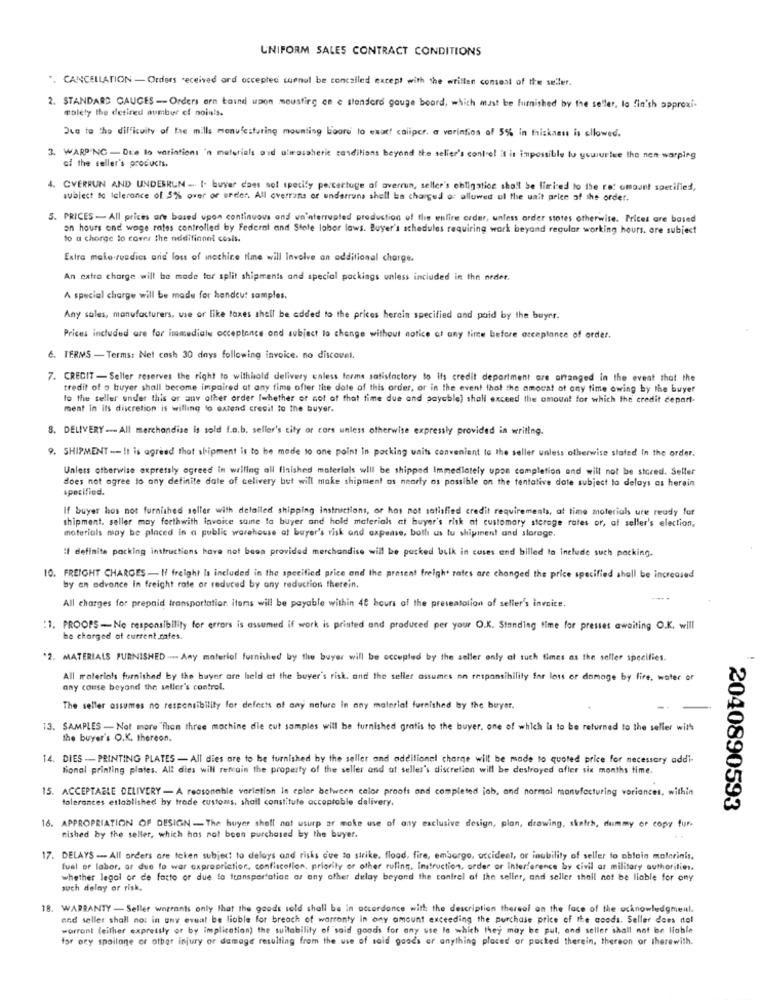
UNIFORM SALES CONTRACT CONDITIONS
. CANCELLATION - Orders received ard accepted carnal be concalled except with the written consent of the seller.
2. STANDARD CAUCES -- Orders are taund upon moustirg en e standerd gauge board, which must be furnished by the seller, lo finish approxi-
solely the detired number of noin's.
Due to the difficulty of the mills menufeaturing mounting boord to exact caliper. a verinfion of 5% in thiskaens is allowed.
WARPING - Due to variations 'n materials and ultrassheric conditions beyond the seller's control it is impossible to youurter the nen warping
of the seller's products.
4.
OVERRUN AND UNDERRUN -. I. buver dass sot specify percertuge of averrun, seller's obligation shall be limited to the ret amount specified,
subject to tolerance of 5% over or urder. All overrans or underruns shell ba charged of allowed ul the unit price of the order.
5. PRICES - All prices are based upon continuous and un'nterrupted production of the entire order, unless order states otherwise. Prices are based
on hours and wage rates controlled by Federal and Stole labor laws. Buyer's schedules requiring work beyand regular working hours. ore subject
to a chorae lo cover the nddifinnnl coslı.
Extra male ruadics and loss of incchine time will Involve an additional charge.
An extra charge will be made tor split shipments and special packings unless included in the order.
A special charge will be made for hendeut samples.
Any sales, manufacturers, use or like taxes shell be added to the prices hercin specified and paid by the buyer.
Prices included are for immediate acceptance ond subject to change without notice at any time before acceptance of order.
6. TERMS - Terms: Net cash 30 days following invoice. no discount.
7. CREDIT - Seller reserves the right to withhold delivery unless terms satisfactory to its credit department are arranged in the event that the
tredit of o buyer shall become impaired at any time after the date of this order, or in the event that the amount at any time owing by the buyer
to the seller under this or any other order [whether or not af that time due and payable) shall exceed the amount for which the credit cepart-
ment in its discretion is willing to extend cresit to the buyer.
8. DELIVERY- All merchandise Is sold f.a.b. seller's city or cors unless otherwise expressly provided in writing.
9. SHIPMENT -- It is agreed that shipment is to be made to one point in packing units convenient to the seller unless otherwise stated In the order.
Unless otherwise expressly agreed in writing all finished materials will be shipped immediately upon completion and will not be stored. Seller
does not agree to any definite date of celivery but will make shipment as nearly as possible on the tentative date subject to delays as herain
specified.
If buyer has not furnished seller with detailed shipping instructions, or has not satisfied credit requirements, at time material ure ready for
shipment, seller may forthwith invoice saine la buyer and hold materials at buyer's risk at customary storage rates or, at seller's election,
materials may be placed in a public warehouse at buyer's risk and expense, both as tu shipment and storage.
If definite packing instructions have not been provided merchandise will be packed bulk in cases and billed to include such packing.
10. FREIGHT CHARGES - I/ freight is included in the specified price and the present freigh. rates are changed the price specified shall be increased
by an advance in freight rate or reduced by any reduction therein.
All charges for prepaid transportation items will be payable within 48 hours of the presentation of seller's invoice.
:1. PROOPS - No responsibility for errors is assumed if work is printed and produced per your O.K. Standing time for presset awaiting O.K. will
be charged at current safes.
"2. MATERIALS FURNISHED .... Any materiel furnished by the buyer will be accepted by the seller only al such times as the seller specifies.
All materials furnished by the buyer are held at the buyer's risk, and the seller assumes on responsibility for loss or damage by fire, water or
any conse beyond the seller's control.
The seller assumes no responsibility for defects of any nature in any material furnished by the beyer.
13. SAMPLES - Not more "flan three machine die cut samples will be furnished gratis to the buyer, one of which is to be returned to the seller with
the buyer's O.K. thereon.
14. DIES -- PRINTING PLATES - All dies are to be furnished by the seller and additional charge will be made to quoted price for necessary addi-
tional printing plates. All dies will retain the property of the seller and at seller's discretion will be destroyed after six months time.
15. ACCEPTABLE DELIVERY - A reasonable variation in epler between calor proofs and completed job, and normal manufacturing variances, within
tolerances established by trade customs, shall constitute acceptable delivery.
2040890593
16. APPROPRIATION OF DESIGN - The buyer shell not usurp ar moke use of any exclusive design, plan, drawing, skotth, dummy or copy fur.
nished by the seller, which has not been purchased by the buyer.
17. DELAYS -- All orders are teken subject to delays and risks due to strike, flood, fire, embargo, uccideat, or inability of seller to obtain molerinis.
fuel of labor, ar due to war expropriation, confiscation, priority or other ruling, Instruction, order or Interference by civil ar military authorities.
whether legal or de facto or due to transportation or any other delay beyond the control of the seller, and seller shall not be liable for any
such delay or risk,
18. WARRANTY - Seller warrants only that the goods sold shall be in accordance with the description thereal on the face of the acknowledgment.
and seller shall not in any event be liable for breach of warranty in any amount exceeding the purchase price of the goods. Seller does ttol
warrant (either expressly or by implication) the suitability of said goods for any use lo which they may be put, and seller shall not be liable
for ory spoilage or other injury or damage resulting from the use of said goods or anything placed or packed therein, thereon or therewith.